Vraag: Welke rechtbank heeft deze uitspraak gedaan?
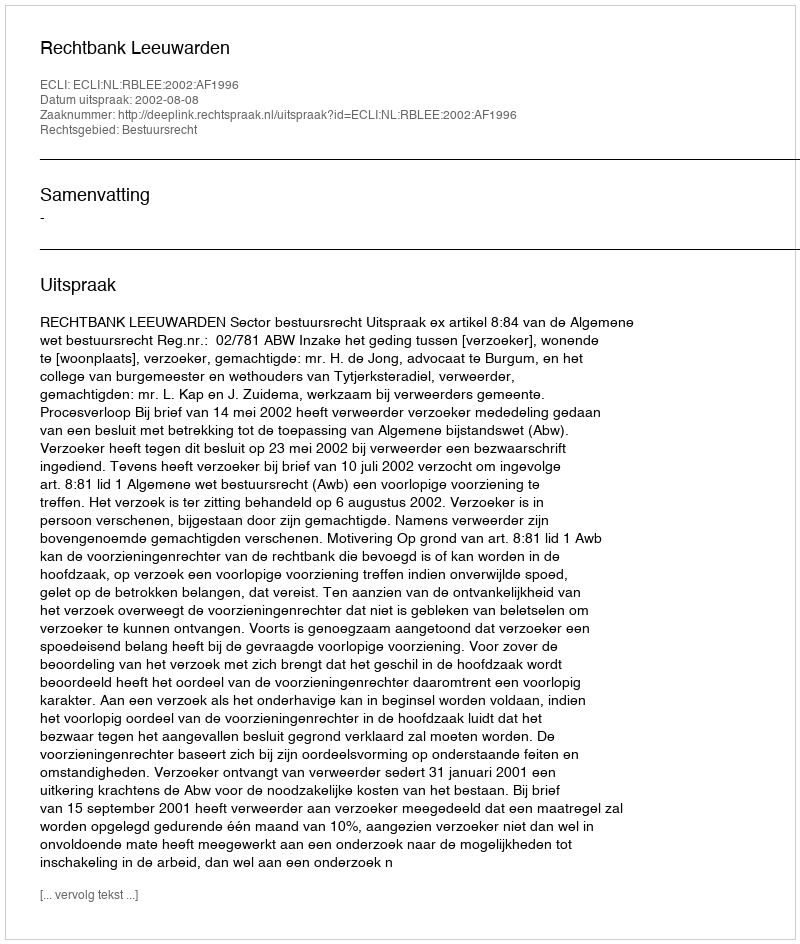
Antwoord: Rechtbank Leeuwarden